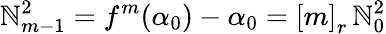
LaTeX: \mathbb{N}_{m-1}^{2}=f^{m}(\alpha_{0})-\alpha_{0}=\left[m\right]_{r}\, \mathbb{N}_{0}^{2}